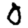
Digit: 0